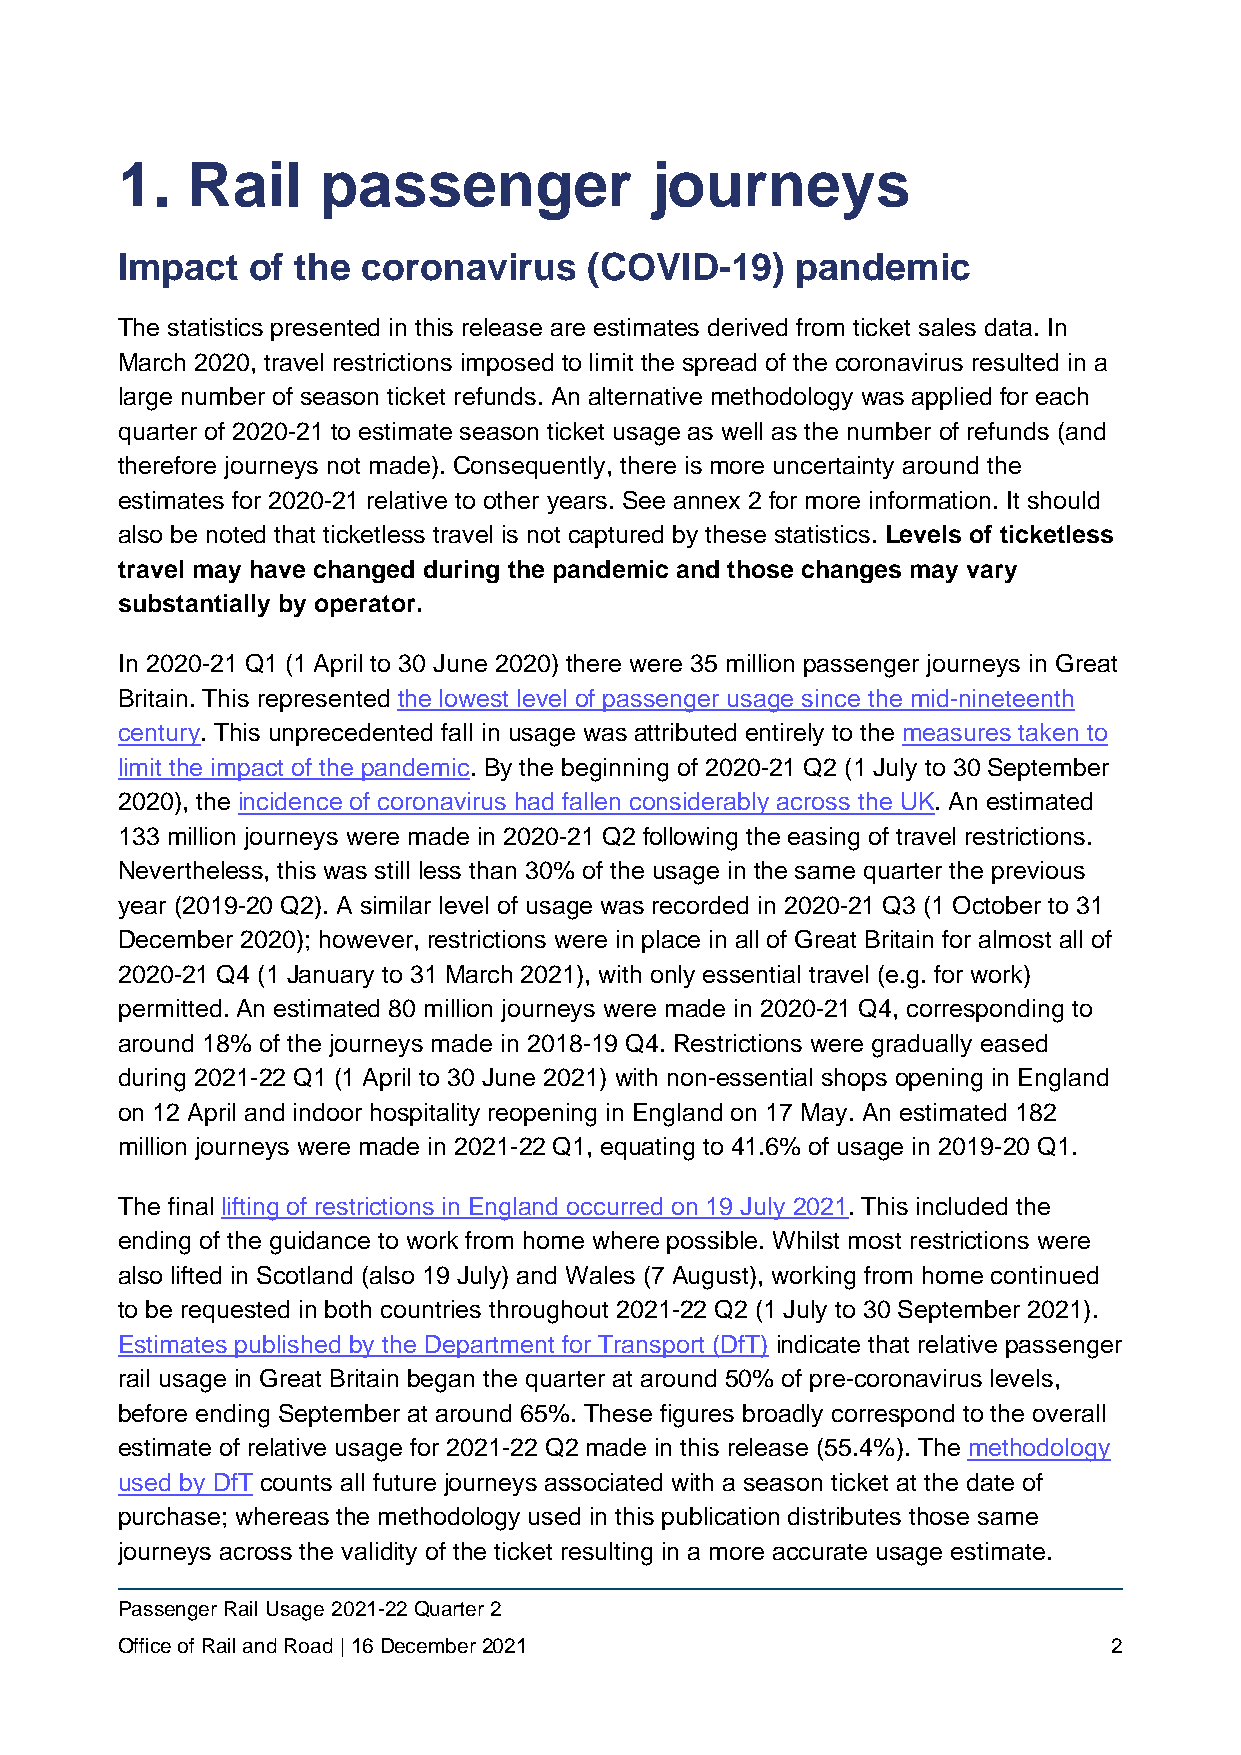
1.  Rail     passenger             journeys
 Impact   of the coronavirus    (COVID-19)    pandemic
 The statistics presented in this release are estimates derived from ticket sales data. In
 March 2020, travel restrictions imposed to limit the spread of the coronavirus resulted in a
 large number of season ticket refunds. An alternative methodology was applied for each
 quarter of 2020-21 to estimate season ticket usage as well as the number of refunds (and
 therefore journeys not made). Consequently, there is more uncertainty around the
 estimates for 2020-21 relative to other years. See annex 2 for more information. It should
 also be noted that ticketless travel is not captured by these statistics. Levels of ticketless
 travel may have changed during the pandemic and those changes may vary
 substantially by operator.
 In 2020-21 Q1 (1 April to 30 June 2020) there were 35 million passenger journeys in Great
 Britain. This represented the lowest level of passenger usage since the mid-nineteenth
 century. This unprecedented fall in usage was attributed entirely to the measures taken to
 limit the impact of the pandemic. By the beginning of 2020-21 Q2 (1 July to 30 September
 2020), the incidence of coronavirus had fallen considerably across the UK. An estimated
 133 million journeys were made in 2020-21 Q2 following the easing of travel restrictions.
 Nevertheless, this was still less than 30% of the usage in the same quarter the previous
 year (2019-20 Q2). A similar level of usage was recorded in 2020-21 Q3 (1 October to 31
 December 2020); however, restrictions were in place in all of Great Britain for almost all of
 2020-21 Q4 (1 January to 31 March 2021), with only essential travel (e.g. for work)
 permitted. An estimated 80 million journeys were made in 2020-21 Q4, corresponding to
 around 18% of the journeys made in 2018-19 Q4. Restrictions were gradually eased
 during 2021-22 Q1 (1 April to 30 June 2021) with non-essential shops opening in England
 on 12 April and indoor hospitality reopening in England on 17 May. An estimated 182
 million journeys were made in 2021-22 Q1, equating to 41.6% of usage in 2019-20 Q1.
 The final lifting of restrictions in England occurred on 19 July 2021. This included the
 ending of the guidance to work from home where possible. Whilst most restrictions were
 also lifted in Scotland (also 19 July) and Wales (7 August), working from home continued
 to be requested in both countries throughout 2021-22 Q2 (1 July to 30 September 2021).
 Estimates published by the Department for Transport (DfT) indicate that relative passenger
 rail usage in Great Britain began the quarter at around 50% of pre-coronavirus levels,
 before ending September at around 65%. These figures broadly correspond to the overall
 estimate of relative usage for 2021-22 Q2 made in this release (55.4%). The methodology
 used by DfT counts all future journeys associated with a season ticket at the date of
 purchase; whereas the methodology used in this publication distributes those same
 journeys across the validity of the ticket resulting in a more accurate usage estimate.
 Passenger Rail Usage 2021-22 Quarter 2
 Office of Rail and Road | 16 December 2021                        2